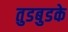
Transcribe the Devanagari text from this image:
तुडबुडके